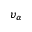
\upsilon _ { \alpha }